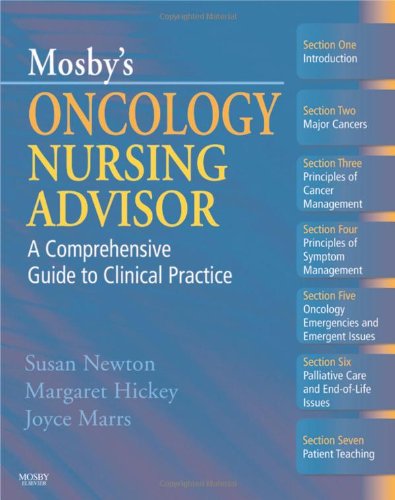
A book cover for Mosby's Oncology Nursing Advisor: A Comprehensive Guide to Clinical Practice, 1e; Susan Newton MS  RN  AOCN  AOCNS; Medical Books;